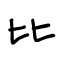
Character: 比